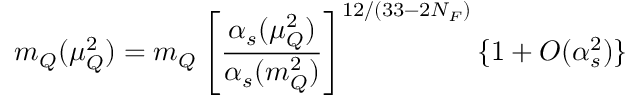
m _ { Q } ( \mu _ { Q } ^ { 2 } ) = m _ { Q } \left[ \frac { \alpha _ { s } ( \mu _ { Q } ^ { 2 } ) } { \alpha _ { s } ( m _ { Q } ^ { 2 } ) } \right] ^ { 1 2 / ( 3 3 - 2 N _ { F } ) } \{ 1 + { \cal O } ( \alpha _ { s } ^ { 2 } ) \}